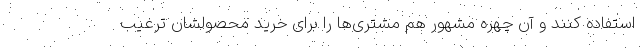
استفاده کنند و آن چهره مشهور هم مشتری‌ها را برای خرید محصولشان ترغیب